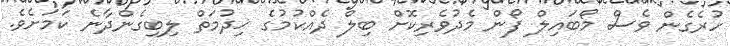
ހުރެގެން ވެސް މޯބައިލް ފޯން މެދުވެރިކޮށް ބިލް ދެއްކުމުގެ ޚިދުމަތް ލިބިގެންދާނެ ކަމަށެވެ.